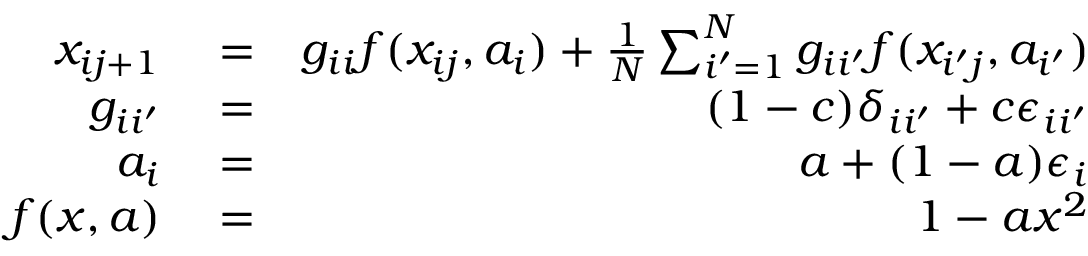
\begin{array} { r l r } { x _ { i j + 1 } } & { { } = } & { g _ { i i } f ( x _ { i j } , a _ { i } ) + \frac { 1 } { N } \sum _ { i ^ { \prime } = 1 } ^ { N } g _ { i i ^ { \prime } } f ( x _ { i ^ { \prime } j } , a _ { i ^ { \prime } } ) } \\ { g _ { i i ^ { \prime } } } & { { } = } & { ( 1 - c ) \delta _ { i i ^ { \prime } } + c \epsilon _ { i i ^ { \prime } } } \\ { a _ { i } } & { { } = } & { a + ( 1 - a ) \epsilon _ { i } } \\ { f ( x , a ) } & { { } = } & { 1 - a x ^ { 2 } } \end{array}